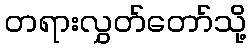
တရားလွှတ်တော်သို့